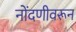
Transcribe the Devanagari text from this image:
नोंदणीवरून